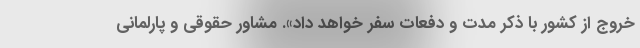
خروج از کشور با ذکر مدت و دفعات سفر خواهد داد». مشاور حقوقی و پارلمانی